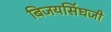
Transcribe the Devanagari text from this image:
बिजयसिंघजी